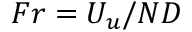
F r = U _ { u } / N D